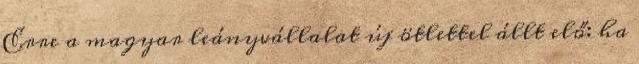
Erre a magyar leányvállalat új ötlettel állt elő: ha